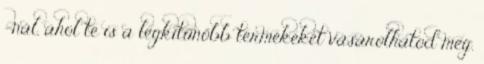
–nál, ahol te is a legkitűnőbb termékeket vásárolhatod meg.